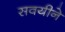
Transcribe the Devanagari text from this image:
सवयीने